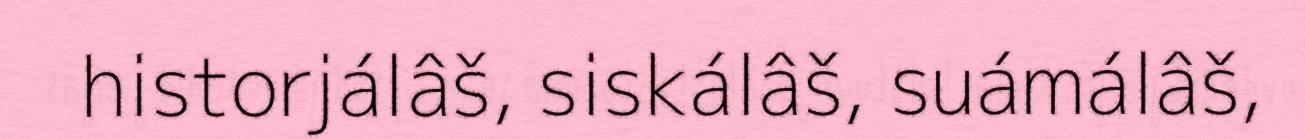
historjálâš, siskálâš, suámálâš,